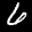
Label: 6